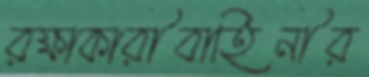
রক্ষাকারীবাহিনীর